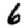
Digit: 6